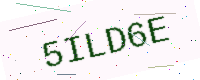
Text: 5ILD6E